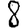
Digit: 8